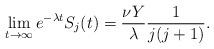
LaTeX: \begin{align*} \lim_{t \to \infty} e^{-\lambda t} S_j(t) = \frac{\nu Y}{\lambda} \frac1{j(j+1)}. \end{align*}